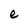
Character: e